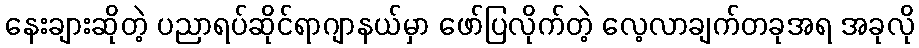
နေးချားဆိုတဲ့ ပညာရပ်ဆိုင်ရာဂျာနယ်မှာ ဖော်ပြလိုက်တဲ့ လေ့လာချက်တခုအရ အခုလို